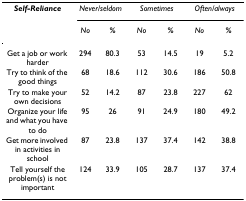
<table><thead><tr><td><b><i>Self-Reliance</i></b></td><td colspan="2"><b><i>Never/seldom</i></b></td><td colspan="2"><b><i>Sometimes</i></b></td><td colspan="2"><b><i>Often/always</i></b></td></tr><tr><td></td><td><b><i>No</i></b></td><td><b><i>%</i></b></td><td><b><i>No</i></b></td><td><b><i>%</i></b></td><td><b><i>No</i></b></td><td><b><i>%</i></b></td></tr></thead><tbody><tr><td>Get a job or work harder</td><td>294</td><td>80.3</td><td>53</td><td>14.5</td><td>19</td><td>5.2</td></tr><tr><td>Try to think of the good things</td><td>68</td><td>18.6</td><td>112</td><td>30.6</td><td>186</td><td>50.8</td></tr><tr><td>Try to make your own decisions</td><td>52</td><td>14.2</td><td>87</td><td>23.8</td><td>227</td><td>62</td></tr><tr><td>Organize your life and what you have to do</td><td>95</td><td>26</td><td>91</td><td>24.9</td><td>180</td><td>49.2</td></tr><tr><td>Get more involved in activities in school</td><td>87</td><td>23.8</td><td>137</td><td>37.4</td><td>142</td><td>38.8</td></tr><tr><td>Tell yourself the problem(s) is not important</td><td>124</td><td>33.9</td><td>105</td><td>28.7</td><td>137</td><td>37.4</td></tr></tbody></table>